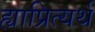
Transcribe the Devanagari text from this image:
ह्याप्रित्यर्थ